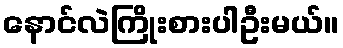
နောင်လဲကြိုးစားပါဦးမယ်။